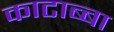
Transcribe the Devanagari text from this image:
काटाब्बा